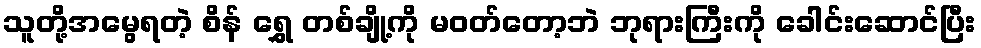
သူတို့အမွေရတဲ့ စိန် ရွှေ တစ်ချို့ကို မဝတ်တော့ဘဲ ဘုရားကြီးကို ခေါင်းဆောင်ပြီး